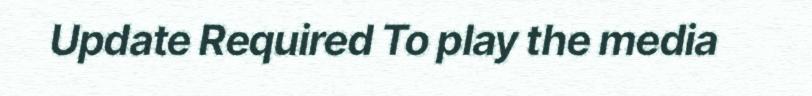
Update Required To play the media